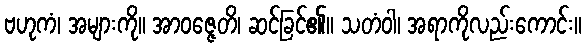
ဗဟုကံ၊ အများကို။ အာဝဇ္ဇေတိ၊ ဆင်ခြင်၏။ သတံဝါ၊ အရာကိုလည်းကောင်း။